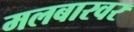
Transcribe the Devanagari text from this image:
मलबारवर